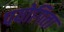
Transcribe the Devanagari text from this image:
पयोगिता